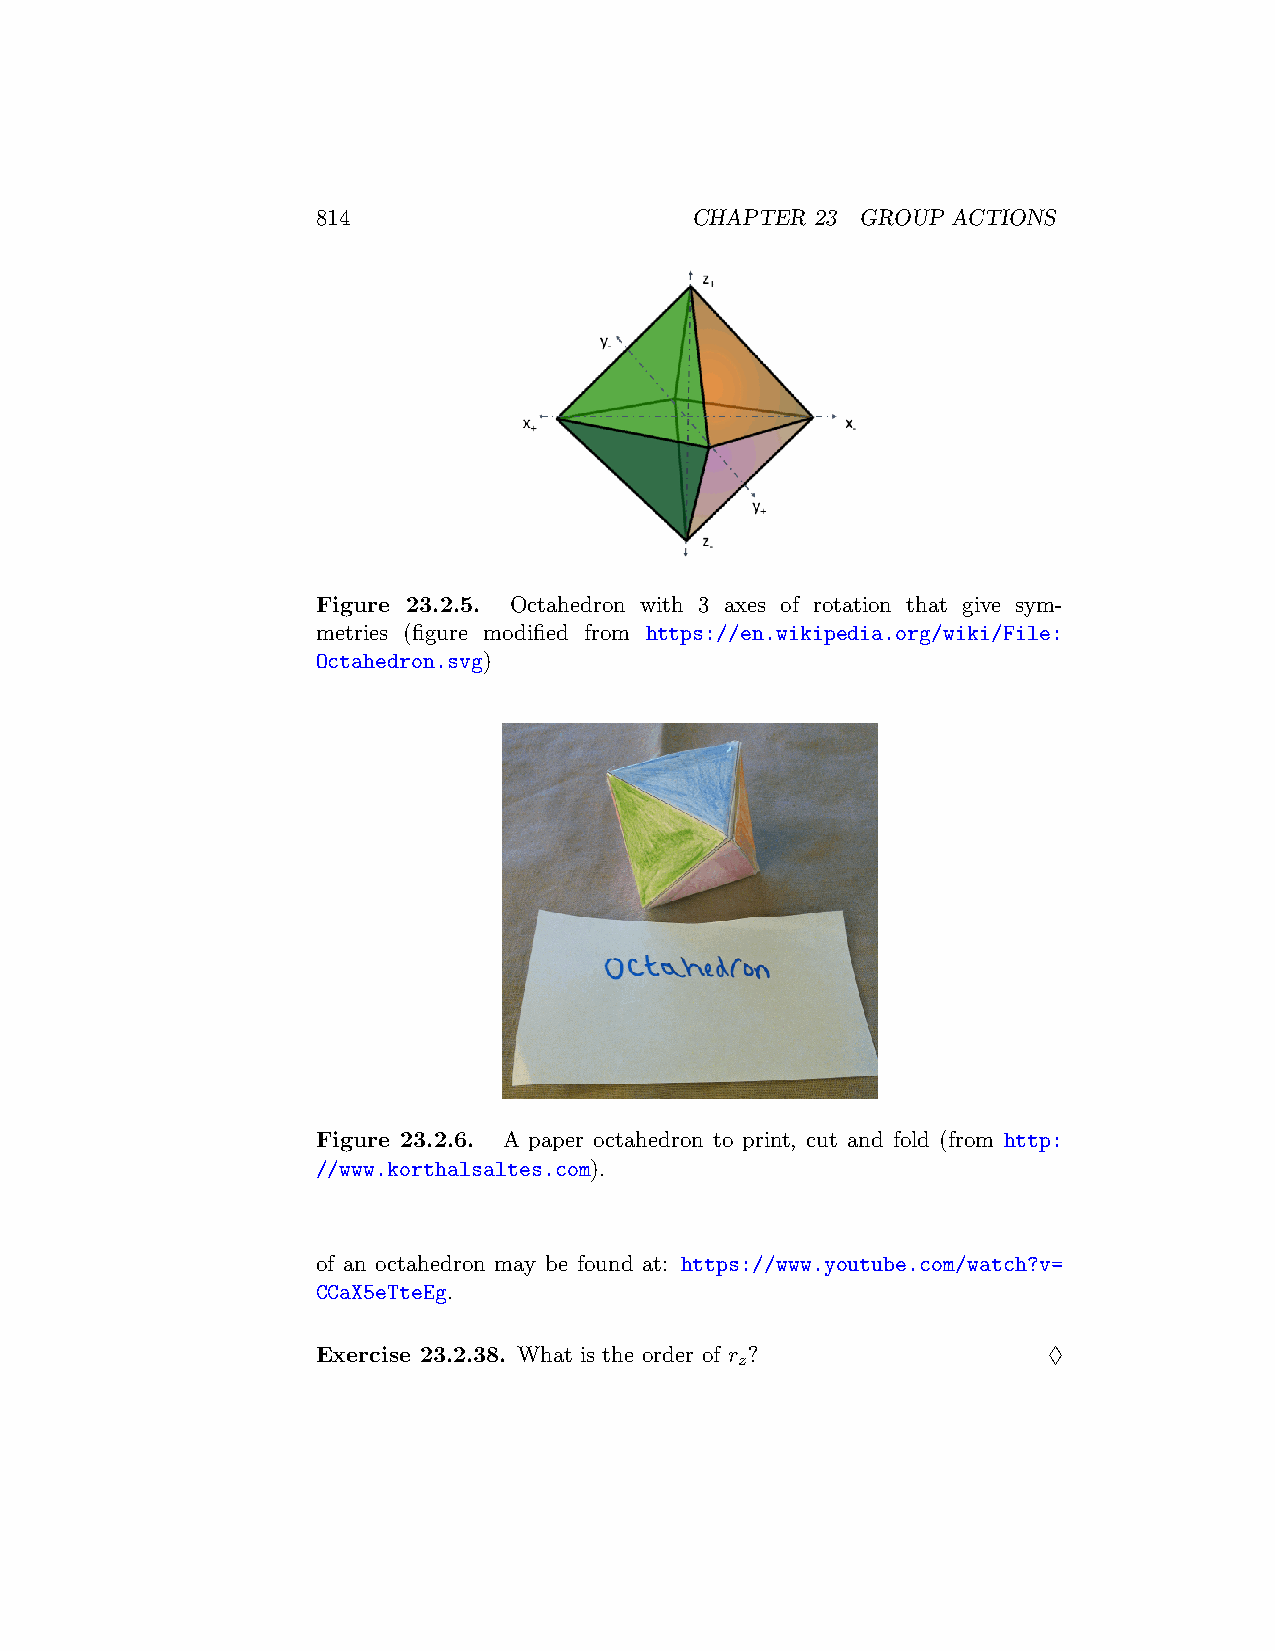
814                      CHAPTER 23 GROUP ACTIONS
 Figure 23.2.5. Octahedron with 3 axes of rotation that give sym-
 metries (figure modified from https://en.wikipedia.org/wiki/File:
 Octahedron.svg)
 Figure 23.2.6. A paper octahedron to print, cut and fold (from http:
 //www.korthalsaltes.com).
 of an octahedron may be found at: https://www.youtube.com/watch?v=
 CCaX5eTteEg.
 Exercise 23.2.38. What is the order of r ?      ♢
 z